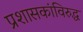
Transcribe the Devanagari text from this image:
प्रशासकांविरुद्ध